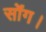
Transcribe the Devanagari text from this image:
सोंग।